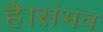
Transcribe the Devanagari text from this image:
है।संभव